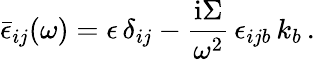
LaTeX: {\bar{\epsilon}}_{ij}(\omega)=\epsilon\, {\delta}_{ij}-{\frac{{\mathrm{i}\Sigma}}{{\omega}^{2}}}\, \epsilon_{ijb}\, k_{b}\, .